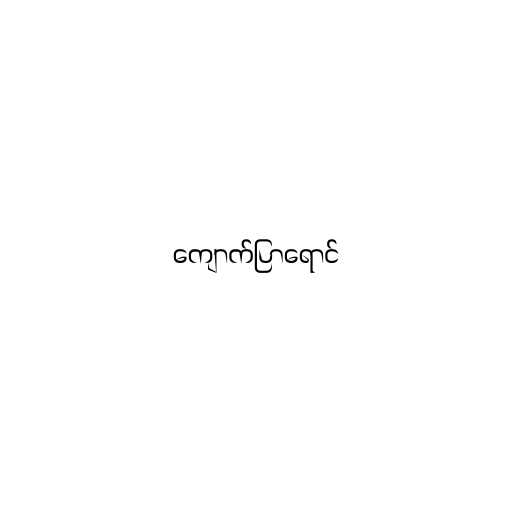
ကျောက်ပြာရောင်